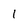
Character: I